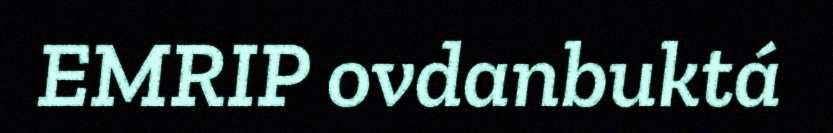
EMRIP ovdanbuktá